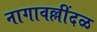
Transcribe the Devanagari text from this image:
नागावल्लींदळ